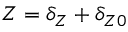
Z = { \delta _ { Z } } + { \delta _ { Z 0 } }